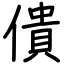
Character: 僓